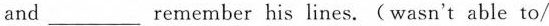
and ___ remember his lines.(wasn't able to/